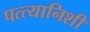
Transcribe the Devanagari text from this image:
पत्त्यानिशी